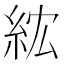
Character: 𥿢